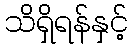
သိရှိရန်နှင့်